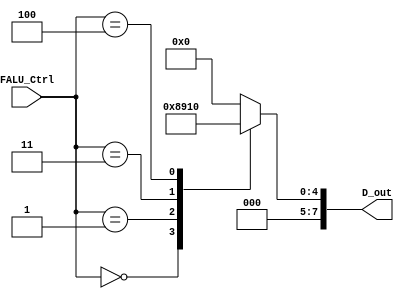
module FALU_Decoder #(
	parameter DECODER_IN  = 3,
	parameter DECODER_OUT = 2 ** (DECODER_IN) 
)
(
	input  wire [DECODER_IN-1:0]  FALU_Ctrl,
	output reg  [DECODER_OUT-1:0] D_out
);

always @(*) begin
	D_out = 8'b0000_0000;
	case (FALU_Ctrl)
		3'b000 : D_out = 8'b0000_0001; // ADD_SUB unit
		3'b001 : D_out = 8'b0000_0010; // Mul Unit
		// 3'b010 : D_out = 8'b0000_0100; // Div Unit
		3'b011 : D_out = 8'b0000_1000; // Compare Unit
		3'b100 : D_out = 8'b0001_0000; // Convert Unit
		default: D_out = 8'b0000_0000; // IDLE
	endcase

end

endmodule